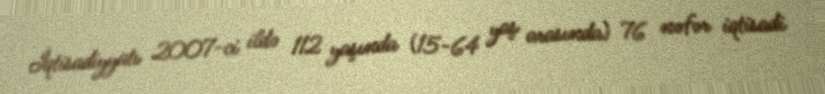
İqtisadiyyatı 2007-ci ildə 112 yaşında (15-64 yaş arasında) 76 nəfər iqtisadi